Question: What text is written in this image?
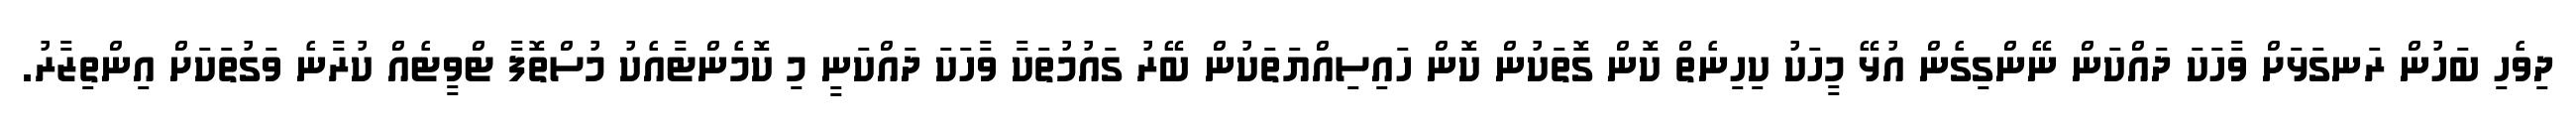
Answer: ދިވެހި ބަހުން ރަނގަޅަށް ވާހަކަ ދައްކަން ނޭންގިގެން އުޅޭ މީހަކު ކިހިނެތް ކޮން ގޮތަކުން ކޮން ހައިސިއްޔަތަކުން ބޭރު ގައުމުތަކާ ވާހަކަ ދައްކަނީ މި ކޮމެންޓާއެކު މުސްތޮފާ ޓްވީޓެއް ކުރާނެ ވަގުތަކަށް އިންތިޒާރު.